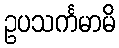
ဥပသင်္ကမာမိ